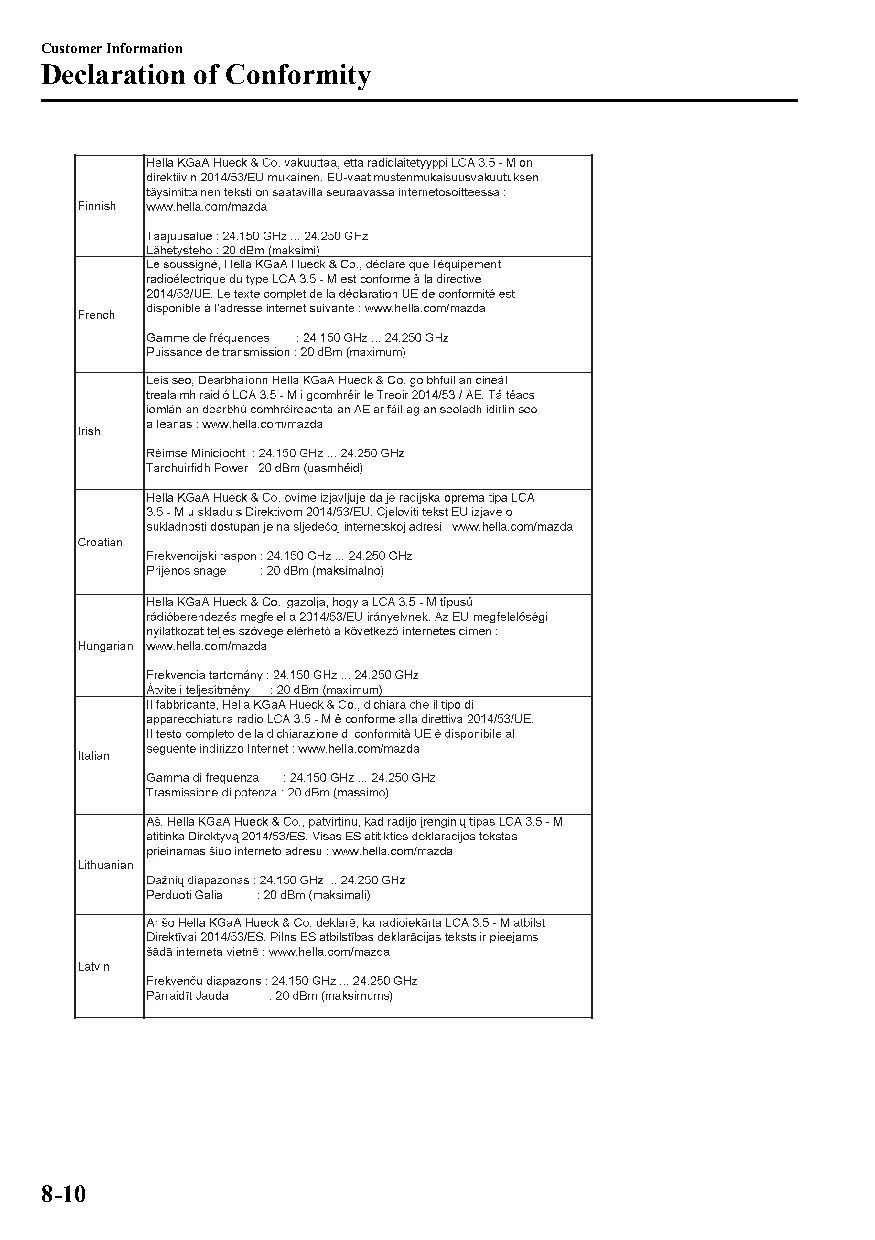
Customer Information
 Declaration of Conformity
 8-10
 CX-3_8GT4-EE-18D_Edition4                  2018-9-6 18:32:19